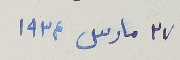
٢٧ مارس ١٩٣٤